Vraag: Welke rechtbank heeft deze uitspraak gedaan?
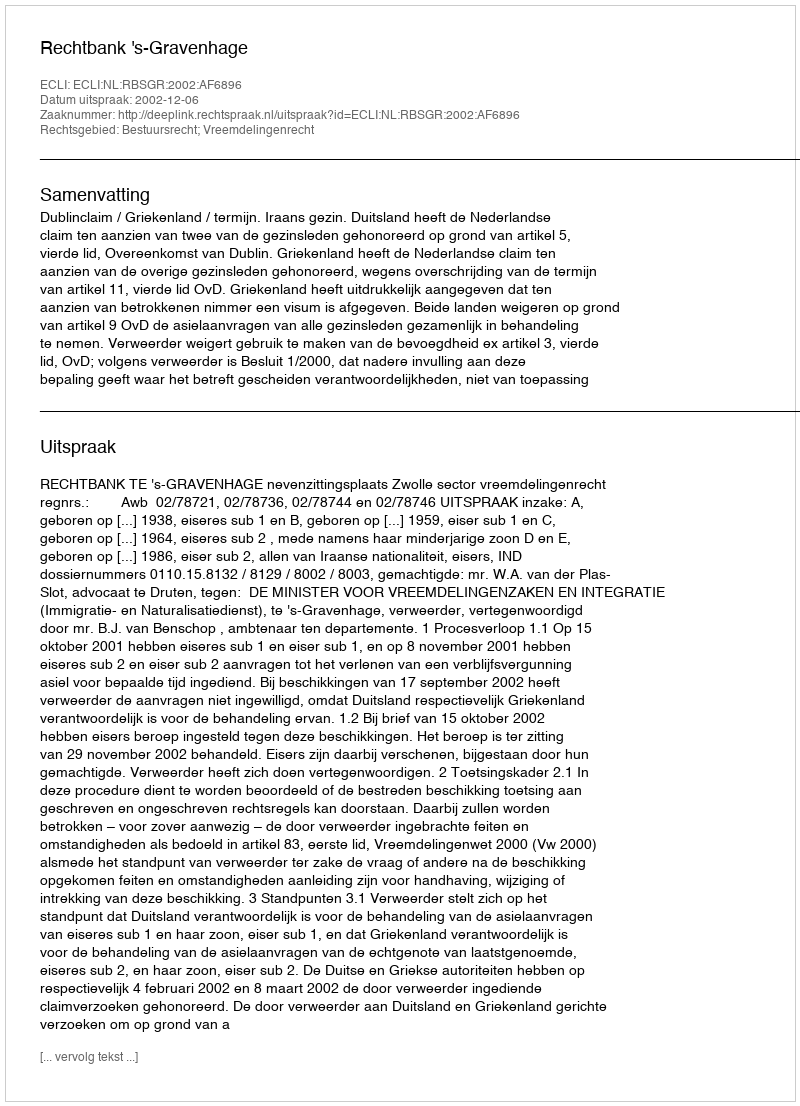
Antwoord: Rechtbank 's-Gravenhage